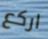
اركع